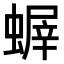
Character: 𧎨